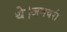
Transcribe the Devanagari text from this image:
थे।जनवरी